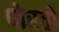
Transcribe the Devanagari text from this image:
पोरतो